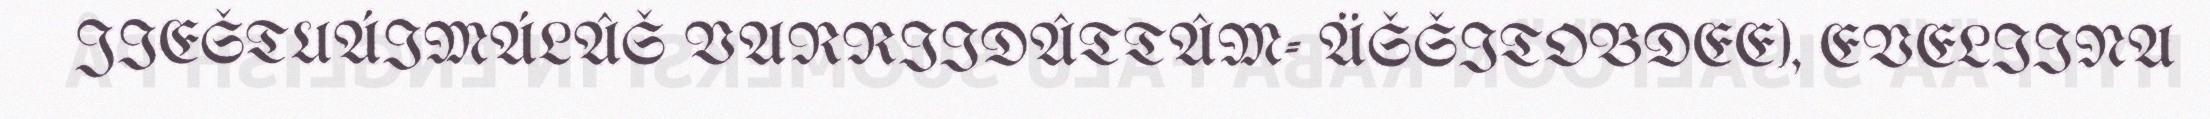
JIEŠTUÁIMÁLÂŠ VARRIIDÂTTÂM- ÄŠŠITOBDEE), EVELIINA